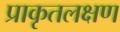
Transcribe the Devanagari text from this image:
प्राकृतलक्षण